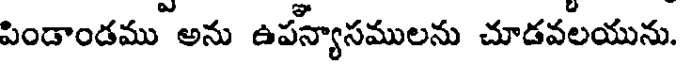
పిండాండము అను ఉపన్యాసములను చూడవలయును.